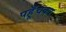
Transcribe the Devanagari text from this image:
पहूँचकर